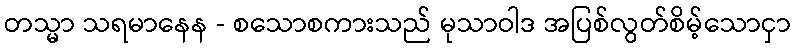
တသ္မာ သရမာနေန - စသောစကားသည် မုသာဝါဒ အပြစ်လွတ်စိမ့်သောငှာ